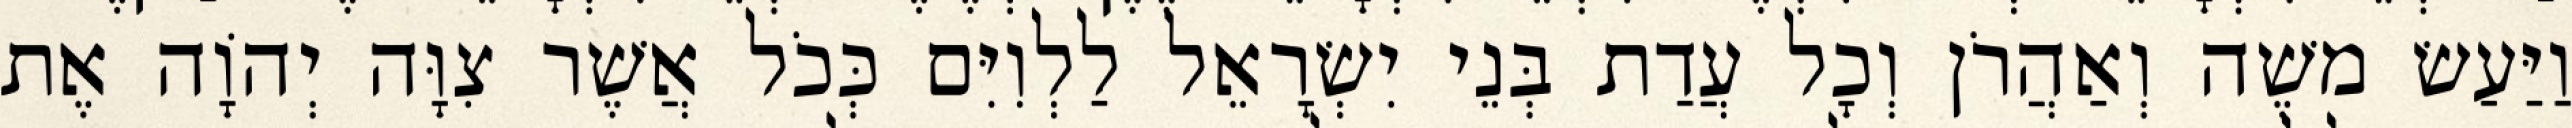
וַיַּעַשׂ משֶׁה וְאַהֲרֹן וְכָל עֲדַת בְּנֵי יִשְׂרָאֵל לַלְוִיִּם כְּכֹל אֲשֶׁר צִוָּה יְהוָֹה אֶת